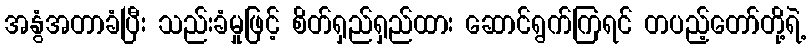
အနွံအတာခံပြီး သည်းခံမှုဖြင့် စိတ်ရှည်ရှည်ထား ဆောင်ရွက်ကြရင် တပည့်တော်တို့ရဲ့